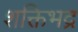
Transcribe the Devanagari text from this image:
शक्तिभद्र